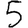
Digit: 5